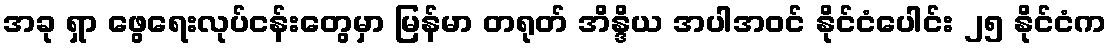
အခု ရှာ ဖွေရေးလုပ်ငန်းတွေမှာ မြန်မာ တရုတ် အိန္ဒိယ အပါအဝင် နိုင်ငံပေါင်း ၂၅ နိုင်ငံက